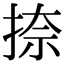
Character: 捺